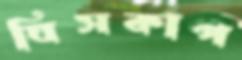
ঘিসকাপ